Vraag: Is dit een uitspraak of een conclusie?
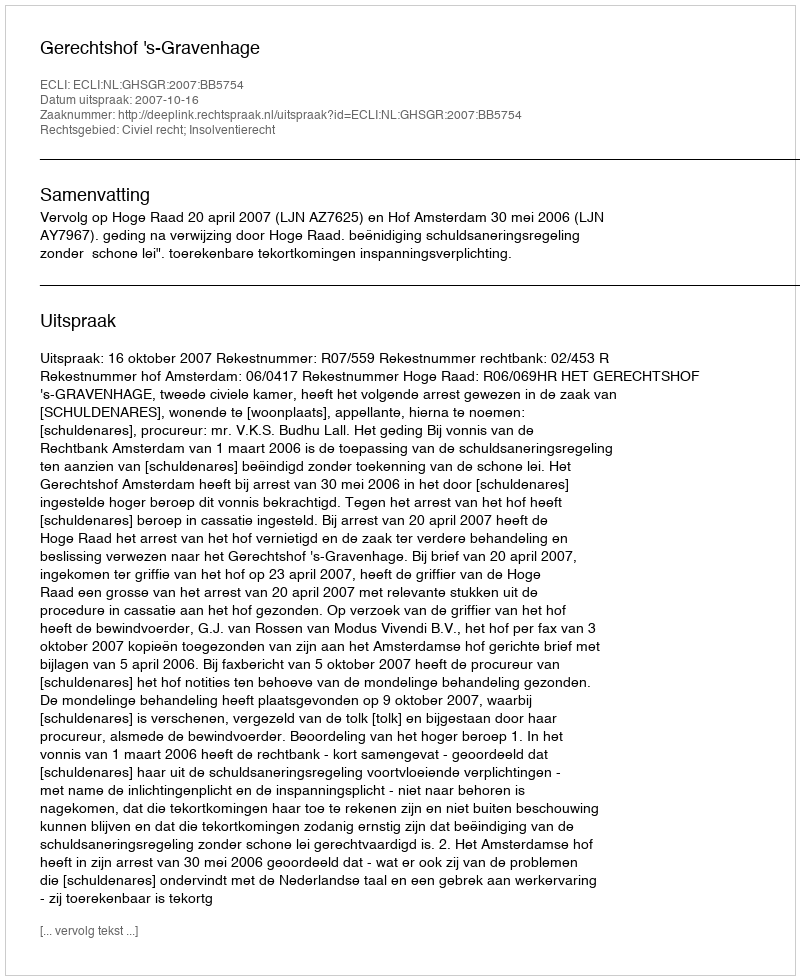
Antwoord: Uitspraak